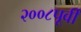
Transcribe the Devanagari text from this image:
२००८पूर्वी